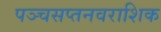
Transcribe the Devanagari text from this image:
पञ्चसप्तनवराशिक